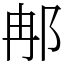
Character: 𨚗